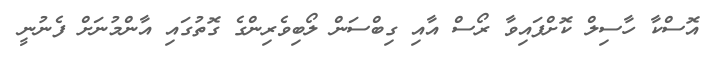
އޮސްކާ ހާސިލް ކޮށްފައިވާ ރޯސް އާއި ގިބްސަން ލޯބިވެރިންގެ ގޮތުގައި އާންމުނަށް ފެނުނީ